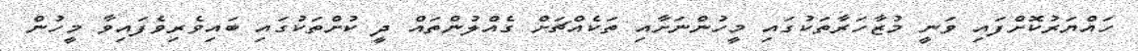
ހައްޔަރުކޮށްފައި ވަނީ މުޒާހަރާތަކުގައި މީހުންނަށާއި ތަކެއްޗަށް ގެއްލުންތައް ދީ ކުށްތަކުގައި ބައިވެރިވެފައިވާ މީހުން